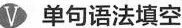
V 单句语法填空